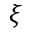
\xi